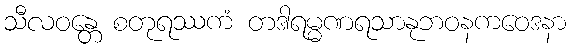
သီလဝန္တေ စတုရဿကံ တဒါရမ္မဏရသာနုဘဝနကဝေဒနာ